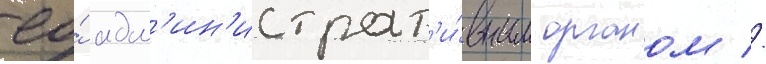
ео́ адм'ин'истрат'и́вным органом //